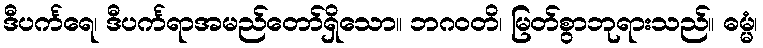
ဒီပင်္ကရေ၊ ဒီပင်္ကရာအမည်တော်ရှိသော။ ဘဂဝတိ၊ မြတ်စွာဘုရားသည်။ ဓမ္မံ၊